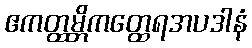
ဧကတ္ထမ္ဘိကတ္ထေရအပဒါနံ